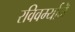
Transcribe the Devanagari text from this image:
रविवर्म्यानॆ